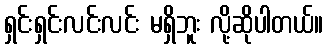
ရှင်းရှင်းလင်းလင်း မရှိဘူး လို့ဆိုပါတယ်။